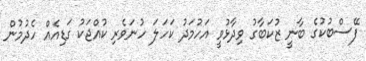
ފޭސްބުކުގެ ބާނީ ޒުކަބާގު ވިދާޅުވީ އަހުމަދު ކަހަލަ ހުނަވެރި ކުއްޖަކު ގަޑިއެއް ހެދުމުން